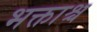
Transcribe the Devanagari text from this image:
भक्ताश्च